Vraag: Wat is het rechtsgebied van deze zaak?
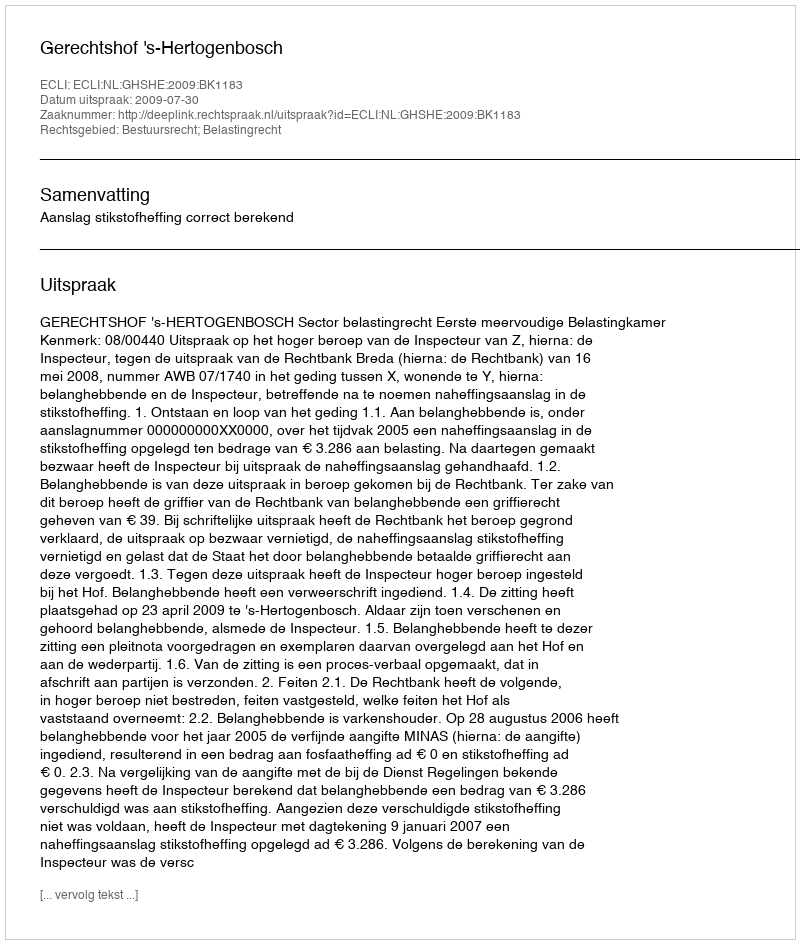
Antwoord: Bestuursrecht; Belastingrecht